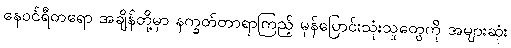
နေဝင်ရီတရော အချိန်တို့မှာ နက္ခတ်တာရာကြည့် မှန်ပြောင်းသုံးသူတွေကို အများဆုံး